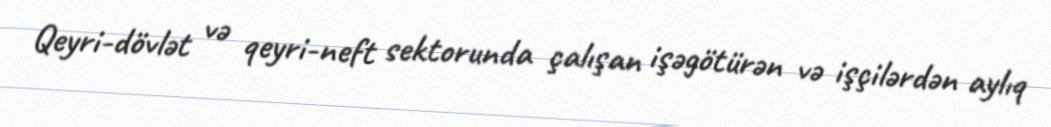
Qeyri-dövlət və qeyri-neft sektorunda çalışan işəgötürən və işçilərdən aylıq